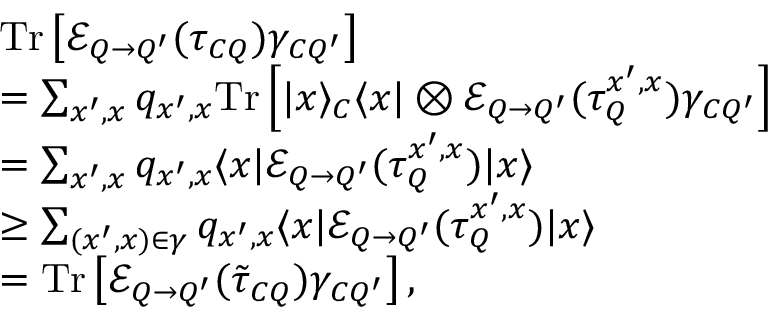
\begin{array} { r l } & { \mathrm { T r } \left[ \mathcal { E } _ { Q \rightarrow Q ^ { \prime } } ( \tau _ { C Q } ) \gamma _ { C Q ^ { \prime } } \right] } \\ & { = \sum _ { x ^ { \prime } , x } q _ { x ^ { \prime } , x } \mathrm { T r } \left[ | x \rangle _ { C } \langle x | \otimes \mathcal { E } _ { Q \rightarrow Q ^ { \prime } } ( \tau _ { Q } ^ { x ^ { \prime } , x } ) \gamma _ { C Q ^ { \prime } } \right] } \\ & { = \sum _ { x ^ { \prime } , x } q _ { x ^ { \prime } , x } \langle x | \mathcal { E } _ { Q \rightarrow Q ^ { \prime } } ( \tau _ { Q } ^ { x ^ { \prime } , x } ) | x \rangle } \\ & { \geq \sum _ { ( x ^ { \prime } , x ) \in \gamma } q _ { x ^ { \prime } , x } \langle x | \mathcal { E } _ { Q \rightarrow Q ^ { \prime } } ( \tau _ { Q } ^ { x ^ { \prime } , x } ) | x \rangle } \\ & { = \mathrm { T r } \left[ \mathcal { E } _ { Q \rightarrow Q ^ { \prime } } ( \tilde { \tau } _ { C Q } ) \gamma _ { C Q ^ { \prime } } \right] , } \end{array}